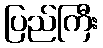
ပြည်ကြီး